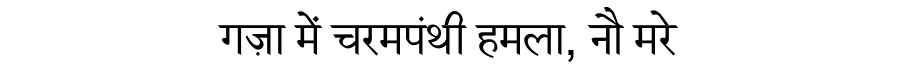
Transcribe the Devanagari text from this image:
गज़ा में चरमपंथी हमला, नौ मरे